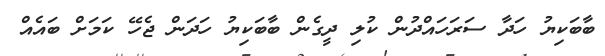
ބާބަކިޔު ހަދާ ސަރަހައްދުން ކުލި ދީގެން ބާބަކިޔު ހަދަން ޖެހޭ ކަމަށް ބައެއް